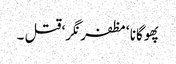
پھوگانا ‘ مظفر نگر‘ قتل ۔